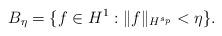
LaTeX: \begin{align*}B_\eta = \{f\in H^1: \|f\|_{H^{s_p}}<\eta\}.\end{align*}